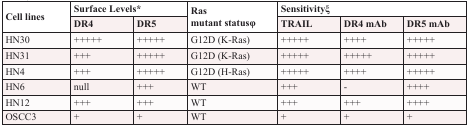
| <ROWSPAN=2> Cell lines | <COLSPAN=2> Surface Levels* | <ROWSPAN=2> Ras mutant statusφ | <COLSPAN=3> Sensitivityξ |
 | DR4 | DR5 | TRAIL | DR4 mAb | DR5 mAb |
 | --- | --- | --- | --- | --- | --- | --- |
 | HN30 | +++++ | +++++ | G12D (K-Ras) | +++++ | ++++ | +++++ |
 | HN31 | +++ | +++++ | G12D (K-Ras) | +++++ | +++++ | +++++ |
 | HN4 | +++ | +++++ | G12D (H-Ras) | +++++ | ++++ | +++++ |
 | HN6 | null | +++ | WT | +++ | − | ++++ |
 | HN12 | +++ | +++ | WT | +++ | +++ | ++++ |
 | OSCC3 | + | + | WT | + | + | + |